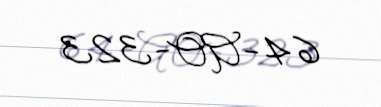
64-AO-323